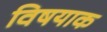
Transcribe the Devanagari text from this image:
विषयाक